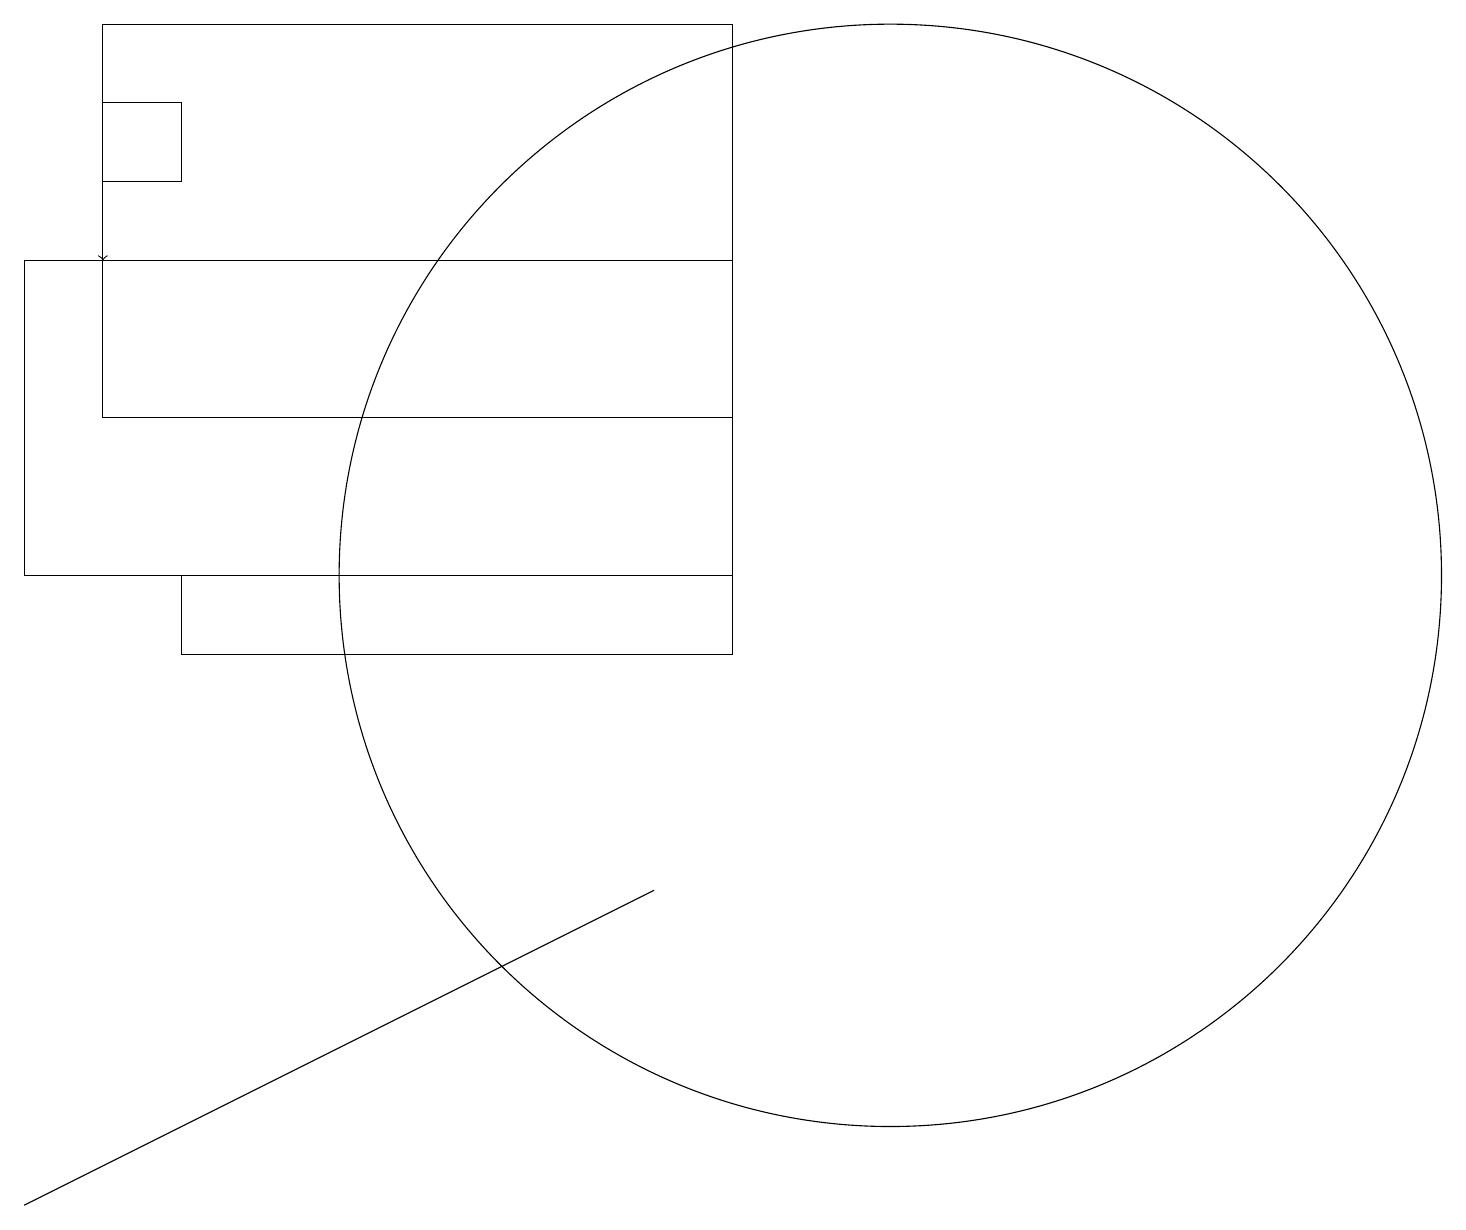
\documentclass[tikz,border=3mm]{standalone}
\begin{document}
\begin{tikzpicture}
\draw (0,16) rectangle (9,12);
\draw (8,11) rectangle (7,11);
\draw (4,6) -- (0,4) -- (8,8) -- cycle;
\draw (1,14) rectangle (9,19);
\draw (9,12) rectangle (2,11);
\draw[->] (1,18) -- (1,16);
\draw (1,18) rectangle (2,17);
\draw (11,12) circle (7);
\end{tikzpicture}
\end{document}